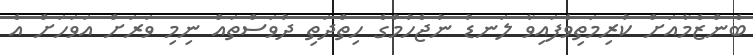
ބެންޒެމާއަށް ކުރިމަތިވެފައިވާ ލަނޑު ނުޖެހުމުގެ ހިތްދަތި ދުވަސްތައް ނިމި ވަރަށް އަވަހަށް އެ